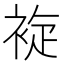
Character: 𲀳